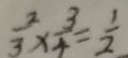
\frac { 2 } { 3 } \times \frac { 3 } { 4 } = \frac { 1 } { 2 }